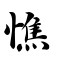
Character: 憔